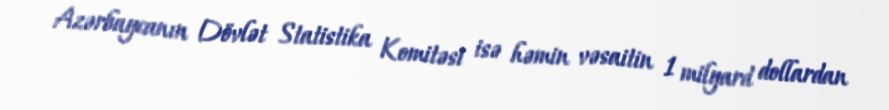
Azərbaycanın Dövlət Statistika Komitəsi isə həmin vəsaitin 1 milyard dollardan